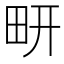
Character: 𰢹